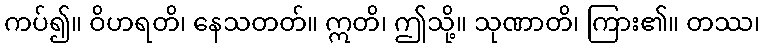
ကပ်၍။ ဝိဟရတိ၊ နေသတတ်။ ဣတိ၊ ဤသို့။ သုဏာတိ၊ ကြား၏။ တဿ၊